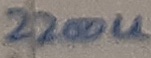
Text: 2200U